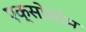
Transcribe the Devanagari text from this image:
एक्सोसोम